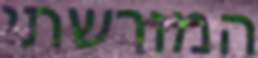
המורשתי